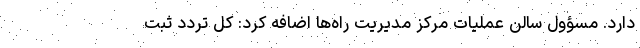
دارد. مسؤول سالن عملیات مرکز مدیریت راه‌ها اضافه کرد: کل تردد ثبت